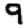
Digit: 9